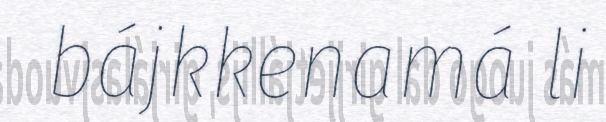
bájkkenamá li